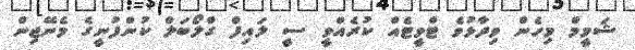
ޝަމީމް މިހެން ވިދާޅުވެ ޓްވީޓެއް ކުރެއްވީ ސީ ލައިފް ގްލޯބަލް ކުންފުނީގެ މެނޭޖިން